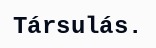
Társulás.